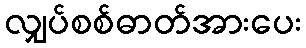
လျှပ်စစ်ဓာတ်အားပေး